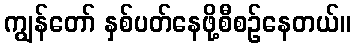
ကျွန်တော် နှစ်ပတ်နေဖို့စီစဉ်နေတယ်။